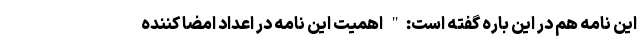
این نامه هم در این باره گفته است:" اهمیت این نامه در اعداد امضا کننده